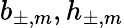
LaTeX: b_{\pm,m},h_{\pm,m}